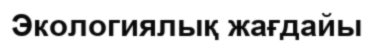
Экологиялық жағдайы